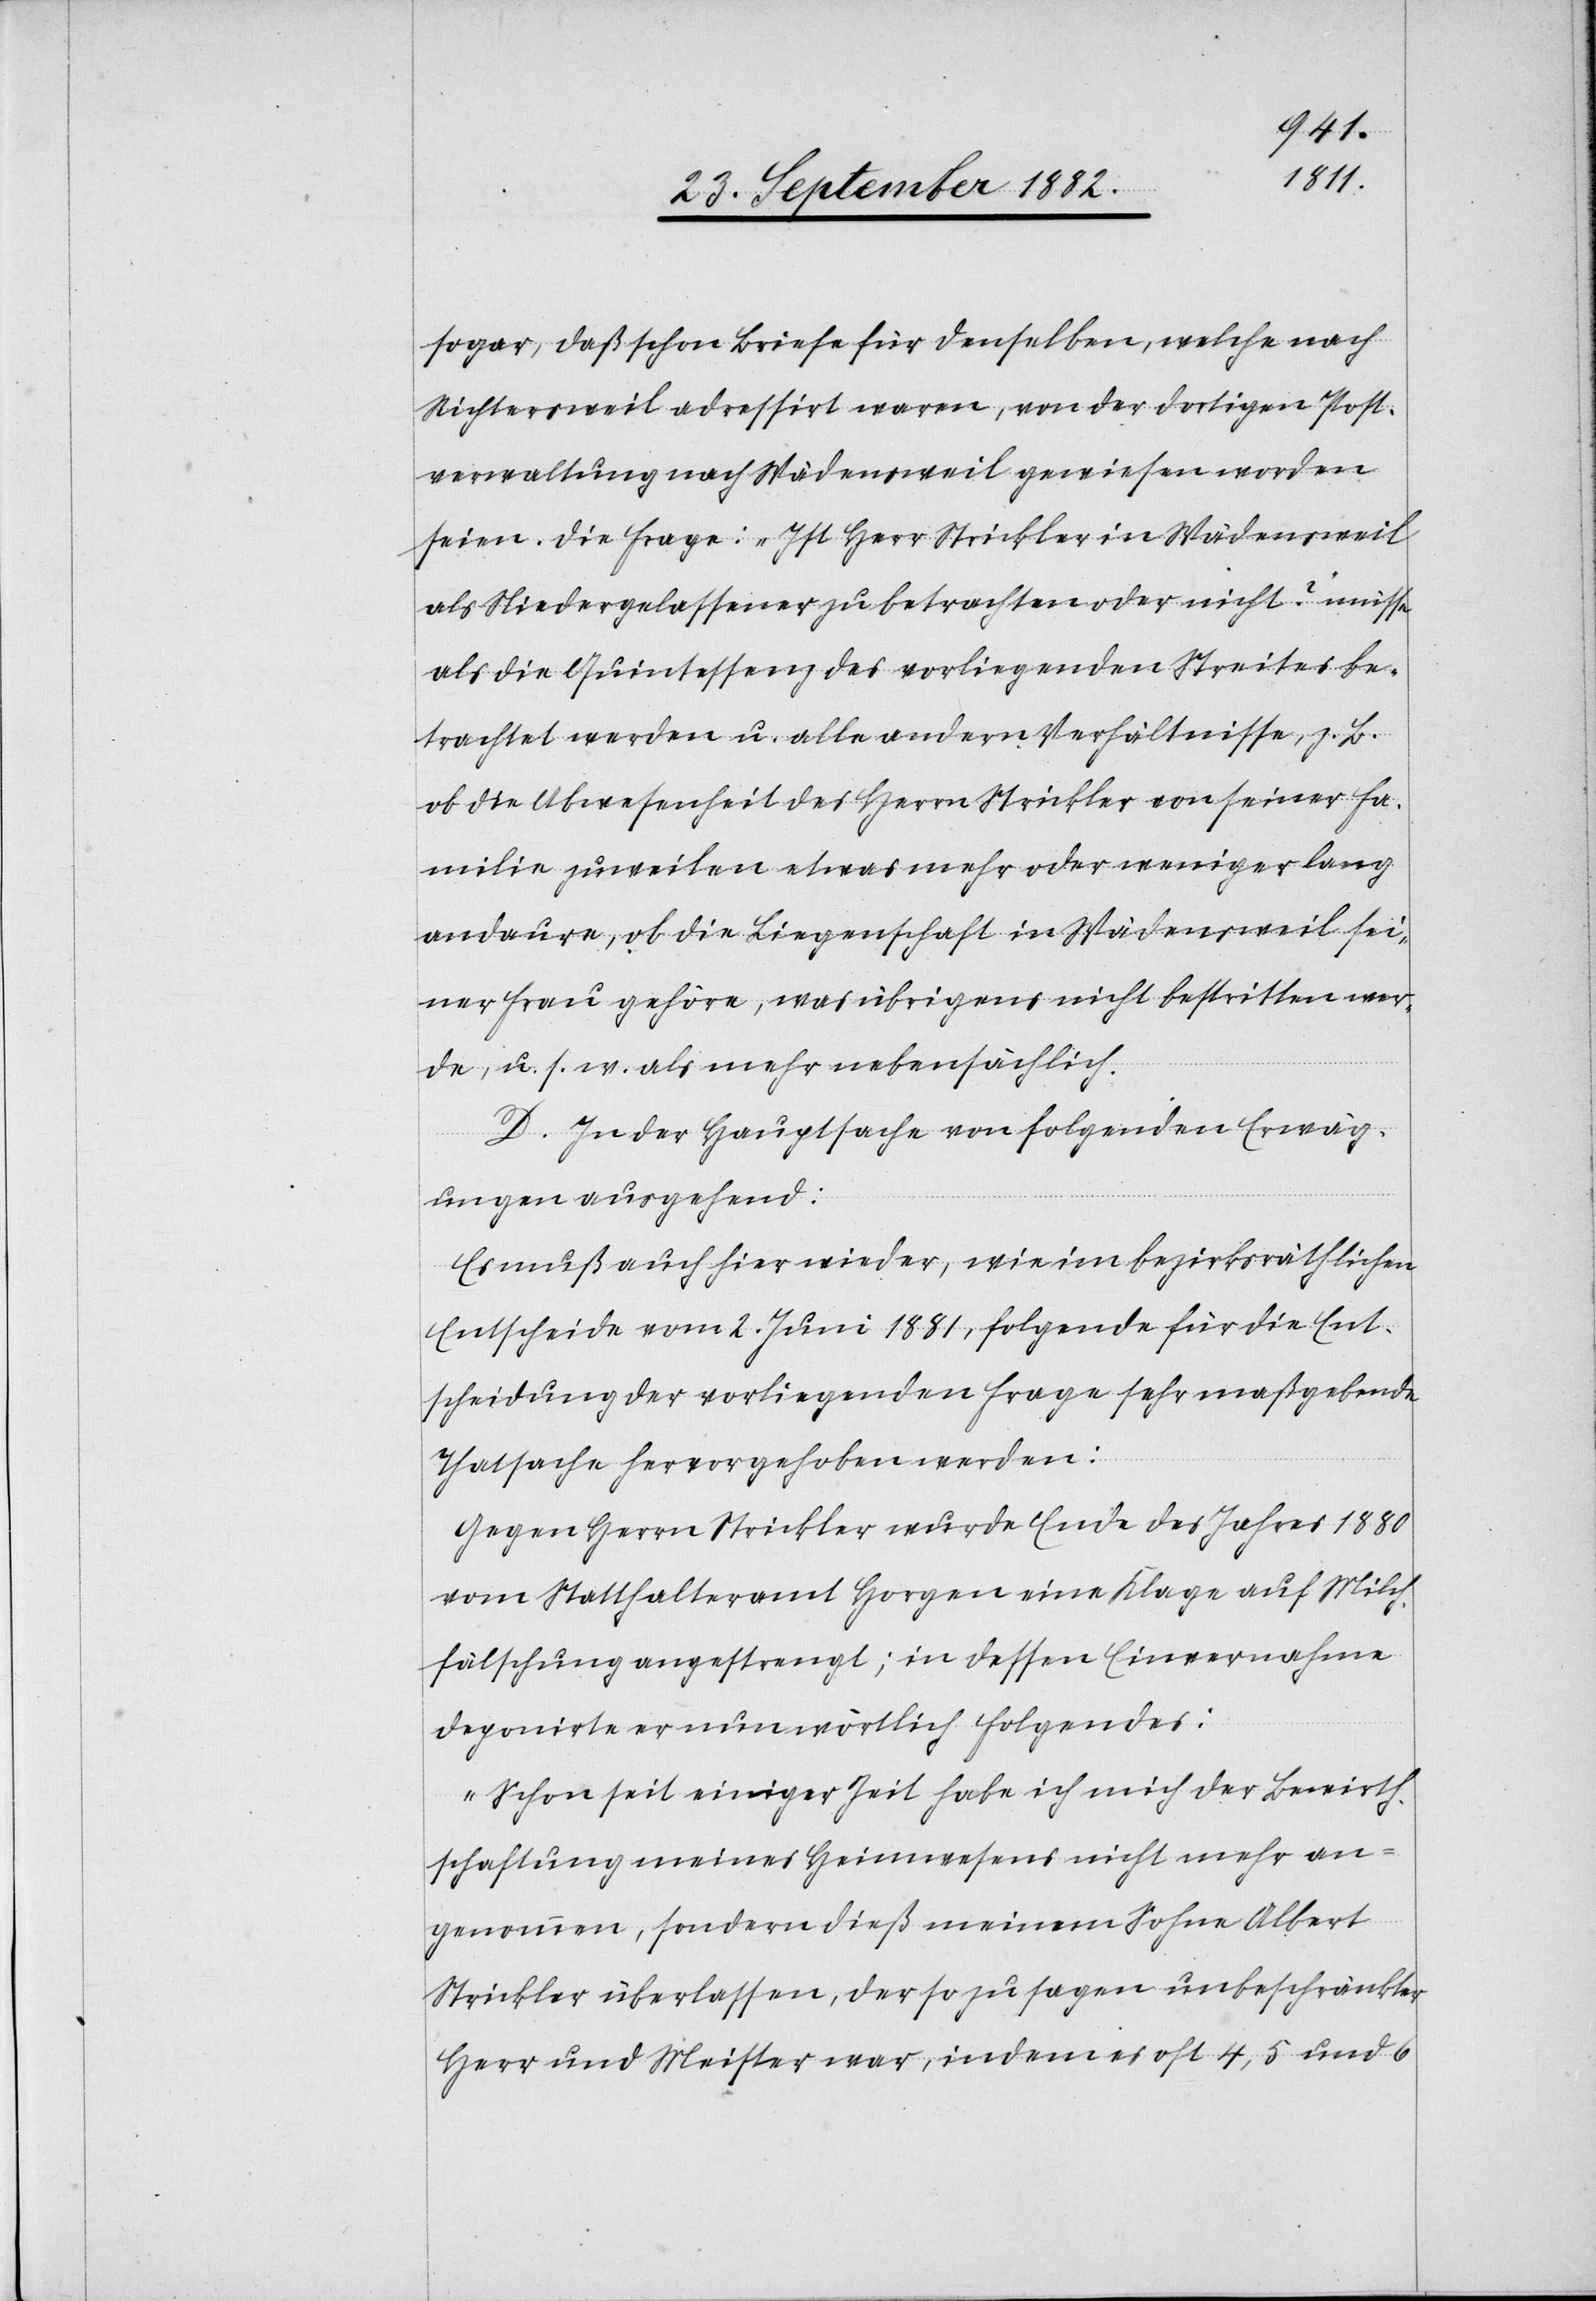
sogar, daß schon Briefe für denselben, welche nach
Richtersweil adressirt waren, von der dortigen Post¬
verwaltung nach Wädensweil gewiesen worden
seien. Die Frage: „Ist Herr Strickler in Wädensweil
als Niedergelassener zu betrachten oder nicht?“ müsse
als die Quintessenz des vorliegenden Streites be¬
trachtet werden u. alle andern Verhältnisse, z. B.
ob die Abwesenheit des Herrn Strickler von seiner Fa¬
milie zuweilen etwas mehr oder weniger lang
andaure, ob die Liegenschaft in Wädensweil sei¬
ner Frau gehöre, was übrigens nicht bestritten wer¬
de, u. s. w. als mehr nebensächlich.
D. In der Hauptsache von folgenden Erwäg¬
ungen ausgehend:
Es muß auch hier wieder, wie im bezirksräthlichen
Entscheide vom 2. Juni 1881, folgende für die Ent¬
scheidung der vorliegenden Frage sehr maßgebende
Thatsache hervorgehoben werden:
Gegen Herrn Strickler wurde Ende des Jahres 1880
vom Statthalteramt Horgen eine Klage auf Milch¬
fälschung angestrengt; in dessen Einvernahme
deponirte er nun wörtlich Folgendes:
„Schon seit einiger Zeit habe ich mich der Bewirth¬
schaftung meines Heimwesens nicht mehr an¬
genommen, sondern dieß meinem Sohne Albert
Strickler überlassen, der so zu sagen unbeschränkter
Herr und Meister war, indem es oft 4, 5 und 6